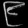
Digit: ၉